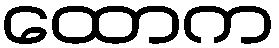
ထောက